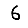
Digit: 6